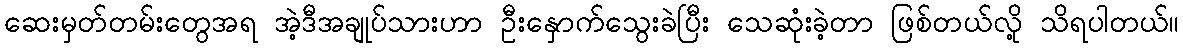
ဆေးမှတ်တမ်းတွေအရ အဲ့ဒီအချုပ်သားဟာ ဦးနှောက်သွေးခဲပြီး သေဆုံးခဲ့တာ ဖြစ်တယ်လို့ သိရပါတယ်။